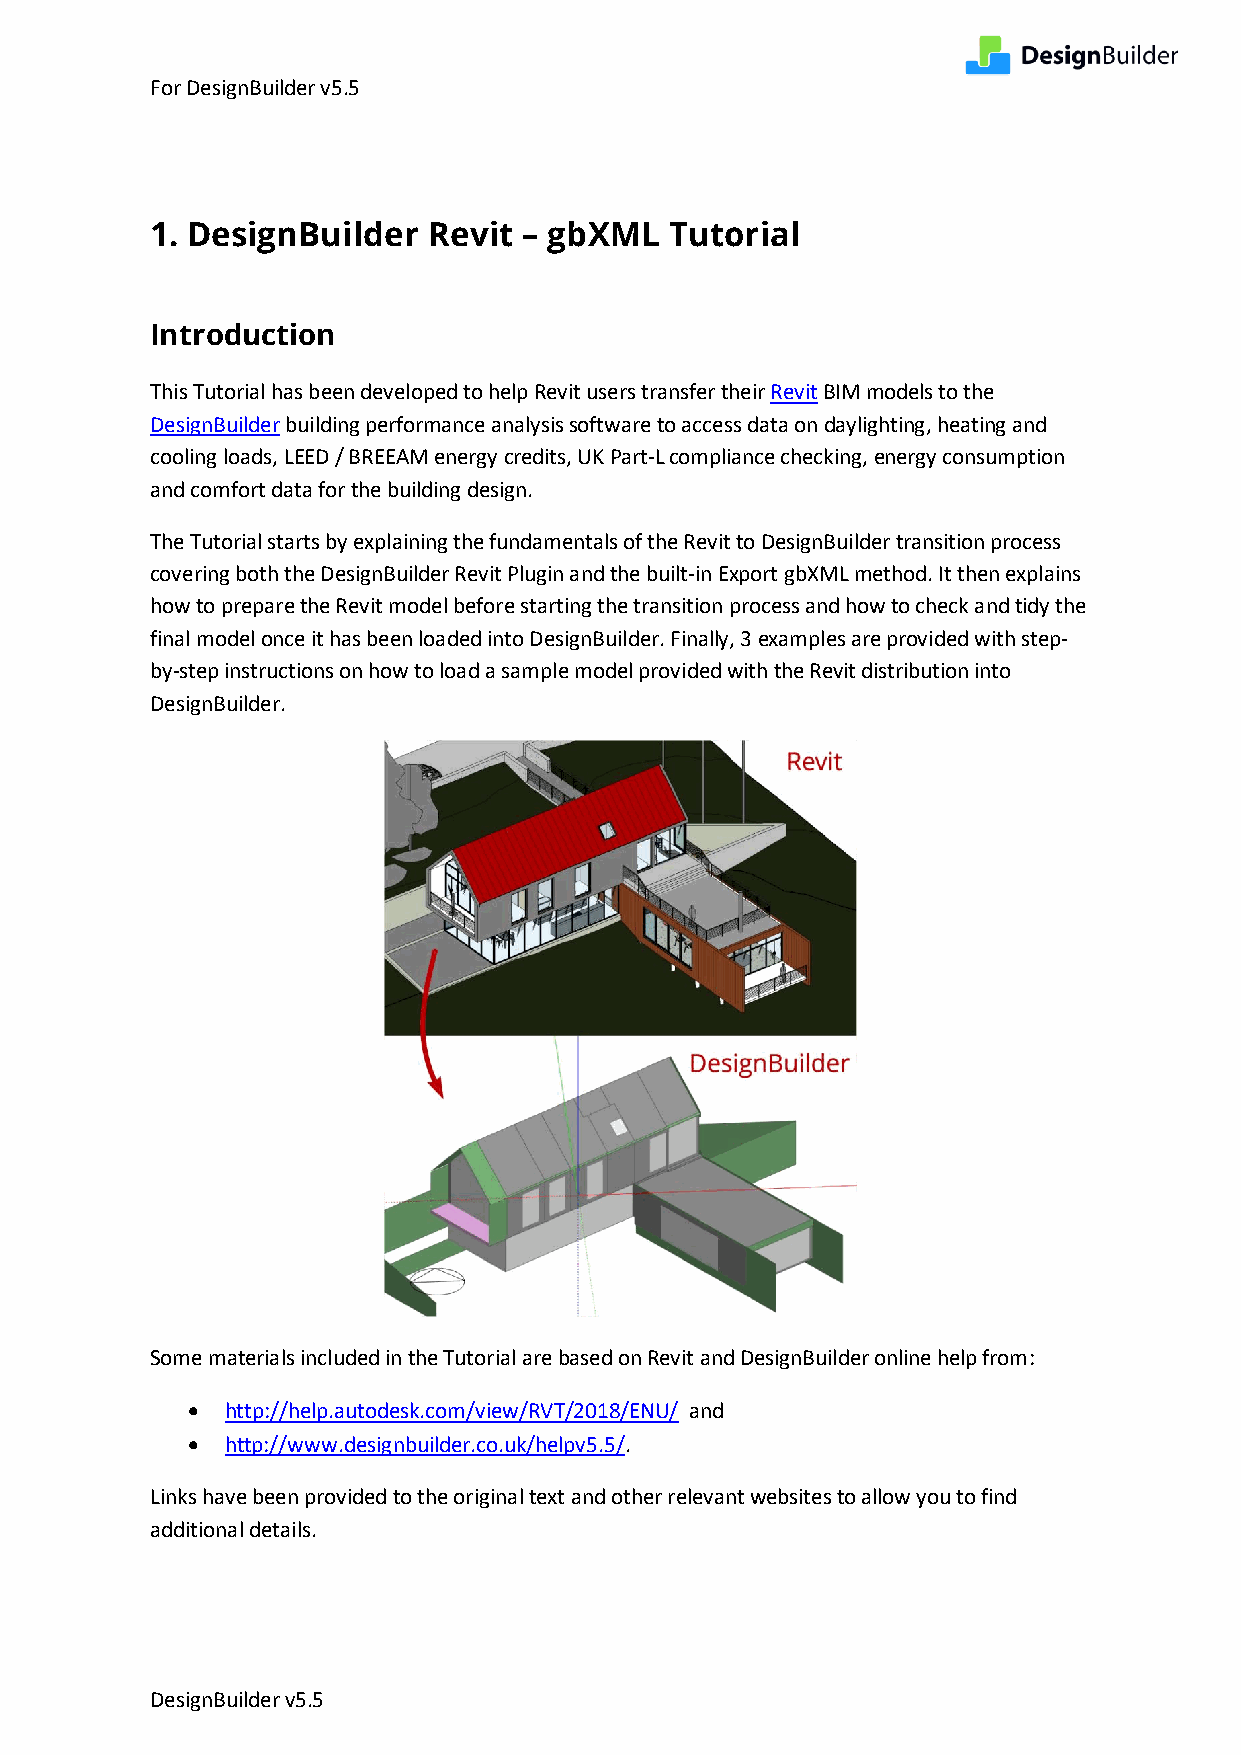
For DesignBuilder v5.5
 1. DesignBuilder  Revit  – gbXML  Tutorial
 Introduction
 This Tutorial has been developed to help Revit users transfer their Revit BIM models to the
 DesignBuilder building performance analysis software to access data on daylighting, heating and
 cooling loads, LEED / BREEAM energy credits, UK Part-L compliance checking, energy consumption
 and comfort data for the building design.
 The Tutorial starts by explaining the fundamentals of the Revit to DesignBuilder transition process
 covering both the DesignBuilder Revit Plugin and the built-in Export gbXML method. It then explains
 how to prepare the Revit model before starting the transition process and how to check and tidy the
 final model once it has been loaded into DesignBuilder. Finally, 3 examples are provided with step-
 by-step instructions on how to load a sample model provided with the Revit distribution into
 DesignBuilder.
 Some materials included in the Tutorial are based on Revit and DesignBuilder online help from:
 •  http://help.autodesk.com/view/RVT/2018/ENU/ and
 •  http://www.designbuilder.co.uk/helpv5.5/.
 Links have been provided to the original text and other relevant websites to allow you to find
 additional details.
 DesignBuilder v5.5